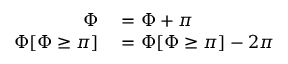
\begin{array} { r l } { \Phi } & { { } = \Phi + \pi } \\ { \Phi [ \Phi \geq \pi ] } & { { } = \Phi [ \Phi \geq \pi ] - 2 \pi } \end{array}